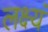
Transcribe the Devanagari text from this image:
लक्ष्यं